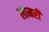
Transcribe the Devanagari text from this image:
लामरी